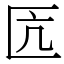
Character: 匟